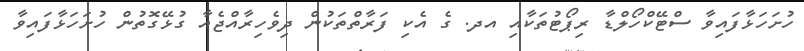
ހުށަހަޅާފައިވާ ސްޓޭކްހޯލްޑާ ރިޕޯޓުތަކާއި އދ. ގެ އެކި ފަރާތްތަކުން ދިވެހިރާއްޖެއާ ގުޅޭގޮތުން ހުށަހަޅާފައިވާ